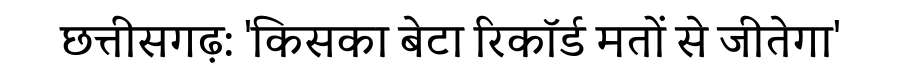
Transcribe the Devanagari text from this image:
छत्तीसगढ़: 'किसका बेटा रिकॉर्ड मतों से जीतेगा'